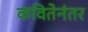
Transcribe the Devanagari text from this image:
कवितेनंतर